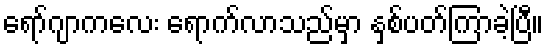
ရော်ဂျာကလေး ရောက်လာသည်မှာ နှစ်ပတ်ကြာခဲ့ပြီ။